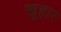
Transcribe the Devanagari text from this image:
खूहार